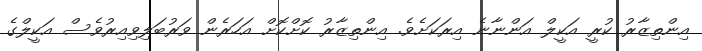
އިންތިޒާރު ކުރީ އަކީލް އަންނާނެ އިރަކަށެވެ. އިންތިޒާރު ކޮށްކޮށް އަހަރެން ވަރުބަލިވިއިރުވެސް އަކީލްގެ